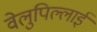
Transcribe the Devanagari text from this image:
वेलुपिल्लाई